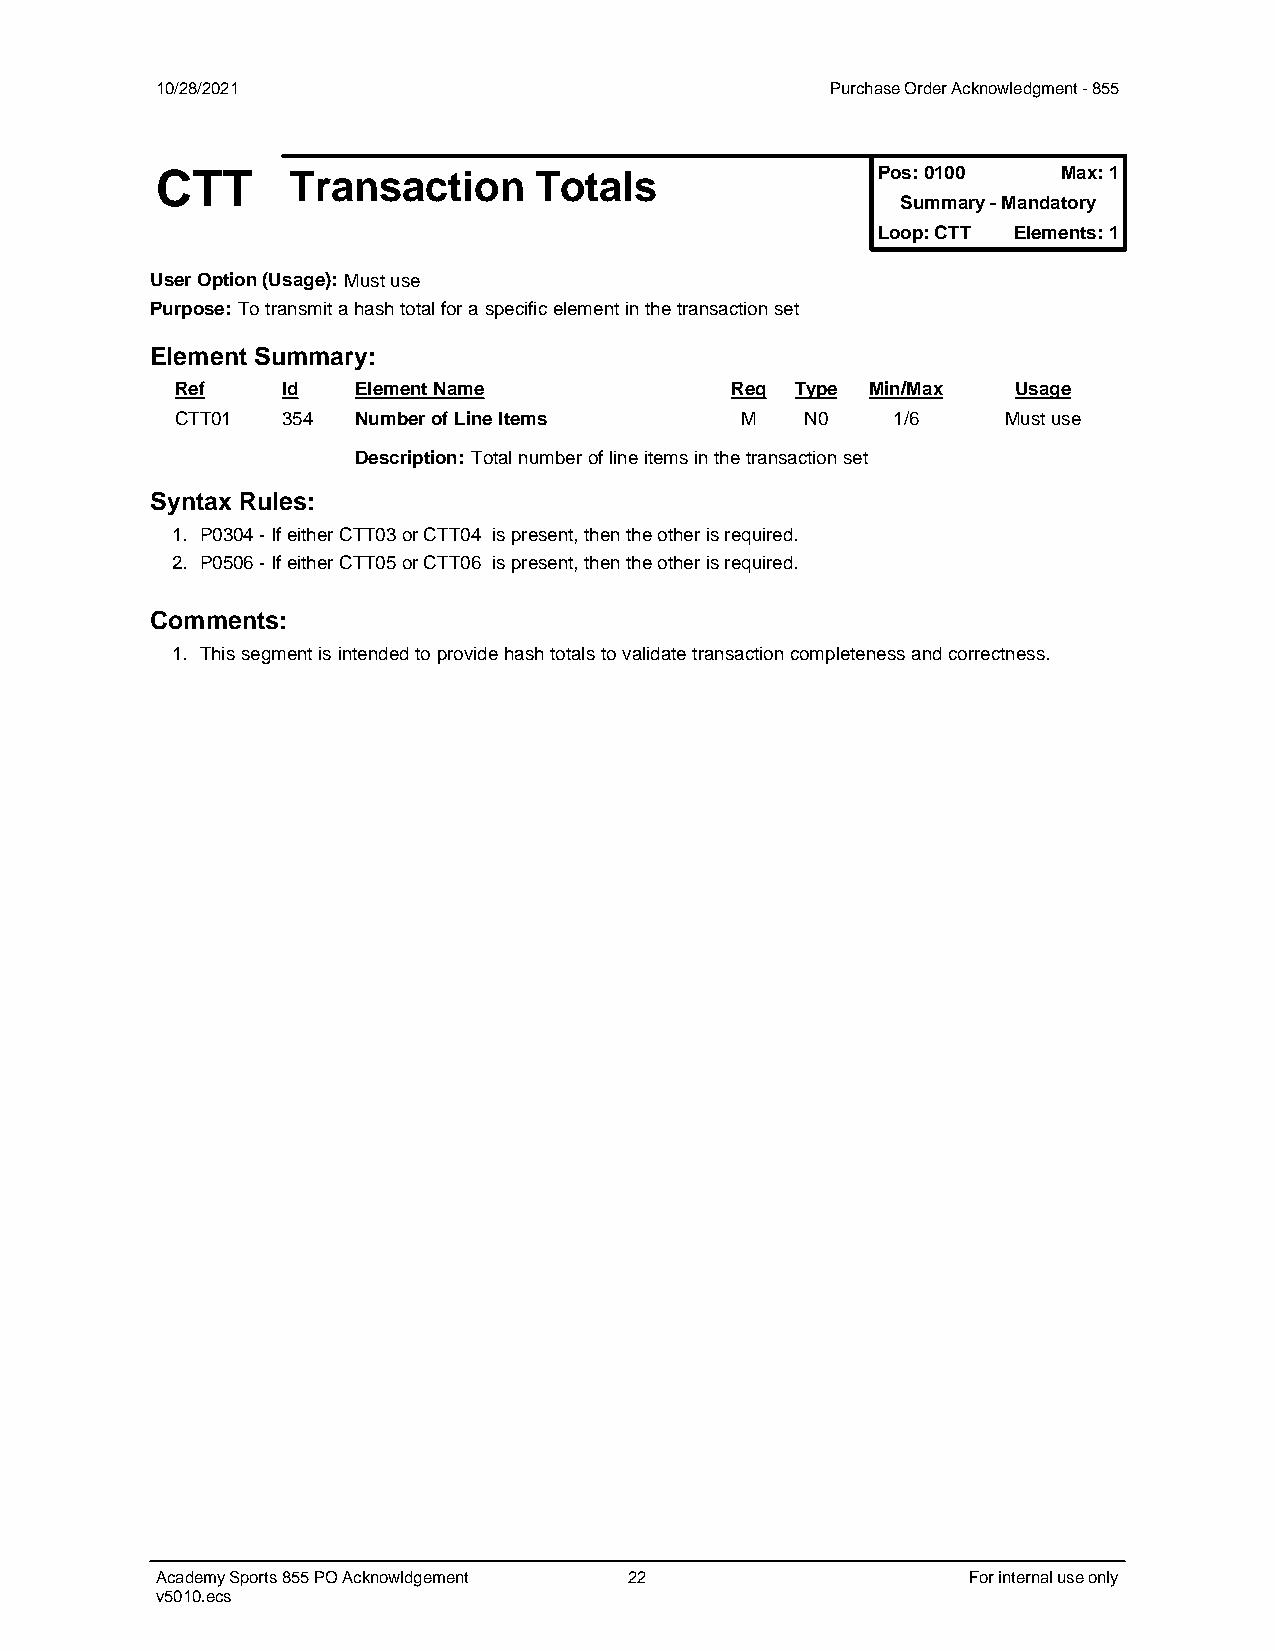
10/28/2021                                   Purchase Order Acknowledgment - 855
 Pos: 0100   Max: 1
 CTT      Transaction     Totals
 Summary - Mandatory
 Loop: CTT Elements: 1
 User Option (Usage): Must use
 Purpose: To transmit a hash total for a specific element in the transaction set
 Element Summary:
 Ref    Id  Element Name             Req  Type Min/Max  Usage
 CTT01  354 Number of Line Items      M   N0    1/6     Must use
 Description: Total number of line items in the transaction set
 Syntax Rules:
 1. P0304 - If either CTT03 or CTT04 is present, then the other is required.
 2. P0506 - If either CTT05 or CTT06 is present, then the other is required.
 Comments:
 1. This segment is intended to provide hash totals to validate transaction completeness and correctness.
 Academy Sports 855 PO Acknowldgement 22               For internal use only
 v5010.ecs